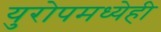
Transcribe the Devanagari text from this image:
युरोपमध्येही